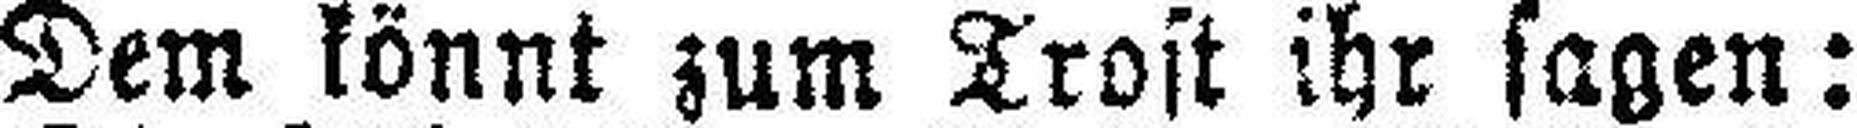
Dem könnt zum Trost ihr sagen: